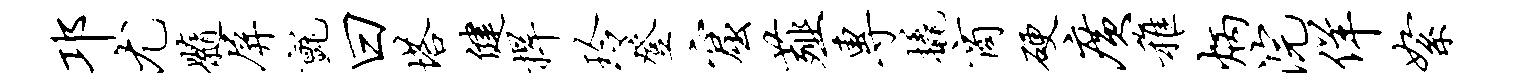
邛尤髓屏毡曰塔健捍玲登窟薤专橇商硬广稚炳浣佯絮